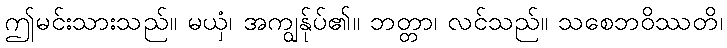
ဤမင်းသားသည်။ မယှံ၊ အကျွန်ုပ်၏။ ဘတ္တာ၊ လင်သည်။ သစေဘဝိဿတိ၊